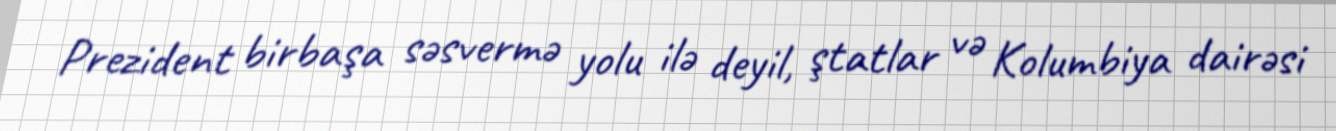
Prezident birbaşa səsvermə yolu ilə deyil, ştatlar və Kolumbiya dairəsi